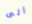
الى